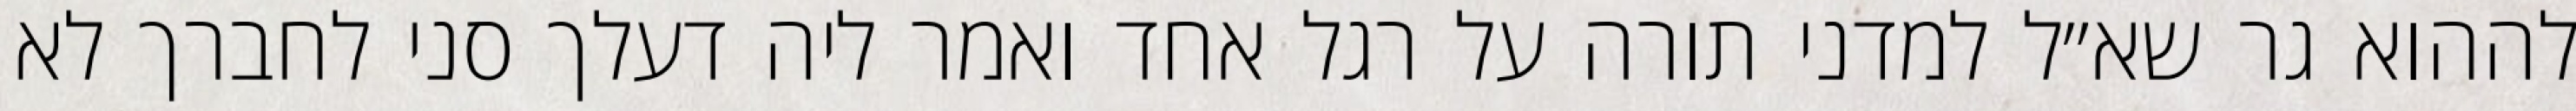
לההוא גר שא״ל למדני תורה על רגל אחד ואמר ליה דעלך סני לחברך לא